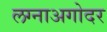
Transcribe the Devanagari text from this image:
लग्नाअगोदर